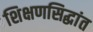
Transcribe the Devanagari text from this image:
शिक्षणसिद्धांत